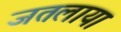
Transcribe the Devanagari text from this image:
जतलाया